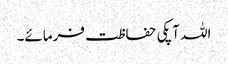
اللہ آپکی حفاظت فرمائے۔